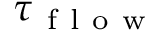
\tau _ { \mathrm { ~ f ~ l ~ o ~ w ~ } }